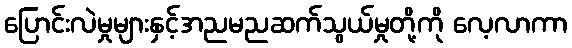
ပြောင်းလဲမှုများနှင့်အညမညဆက်သွယ်မှုတို့ကို လေ့လာကာ